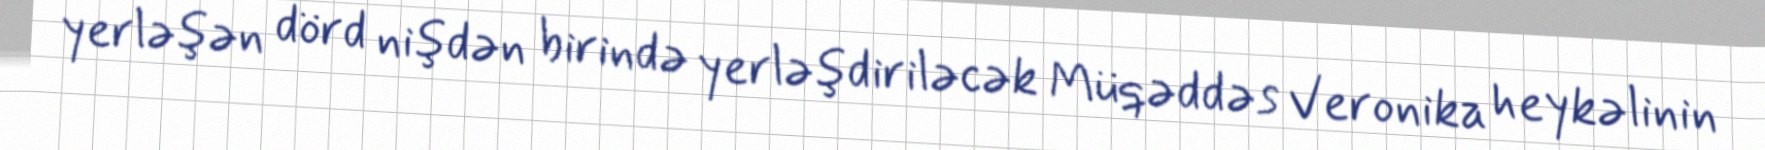
yerləşən dörd nişdən birində yerləşdiriləcək Müqəddəs Veronika heykəlinin